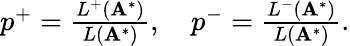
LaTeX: \begin{array}{r}{p^{+}=\frac{L^{+}(\mathbf{A}^{*})}{L(\mathbf{A}^{*})},\quad p^{-}=\frac{L^{-}(\mathbf{A}^{*})}{L(\mathbf{A}^{*})}.}\end{array}